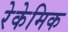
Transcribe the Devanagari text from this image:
रेकेमिक